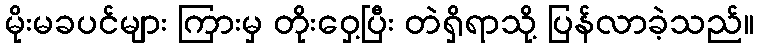
မိုးမခပင်များ ကြားမှ တိုးဝှေ့ပြီး တဲရှိရာသို့ ပြန်လာခဲ့သည်။